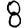
Digit: 8